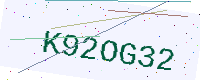
Text: K92OG32